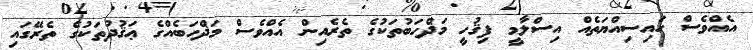
އެއްވެސް ހައިސިއްޔަތެއް އިސްލާމީ ފިޤުހީ މަޛްހަބުތަކުގެ ތެރެއިން އެއްވެސް މަޛްހަބެއްގެ ޢަޤުދުތަކުގެ ތެރޭގައި